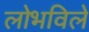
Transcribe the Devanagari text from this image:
लोभविले